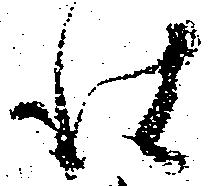
仕